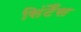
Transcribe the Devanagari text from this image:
सिंटैंस